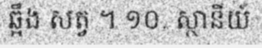
ឆ្អឹង សត្វ ។ ១០. ស្ថានីយ៍